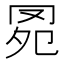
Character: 𦊗